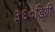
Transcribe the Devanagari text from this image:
३६०डिग्री